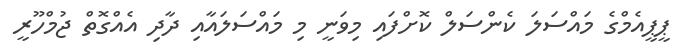
ޕީޕީއެމްގެ މައްސަލަ ކެންސަލް ކޮށްފައި މިވަނީ މި މައްސަލައާއި ދާދި އެއްގޮތް ޖުމްހޫރީ